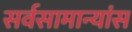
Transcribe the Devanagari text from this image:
सर्वसामान्यांस